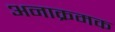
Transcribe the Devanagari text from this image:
अनाक्रमक